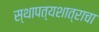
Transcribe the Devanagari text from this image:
स्थापत्यशात्राचा